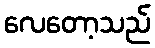
လေတော့သည်